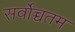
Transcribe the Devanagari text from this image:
सर्वोच्चतम